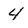
Character: 4